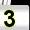
Digit: 3